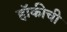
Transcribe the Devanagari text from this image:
हॉकीची